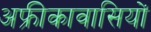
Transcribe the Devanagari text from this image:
अफ्रीकावासियों